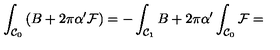
\int _ { { \cal C } _ { 0 } } \left( B + 2 \pi \alpha ^ { \prime } { \cal F } \right) = - \int _ { { \cal C } _ { 1 } } B + 2 \pi \alpha ^ { \prime } \int _ { { \cal C } _ { 0 } } { \cal F } =